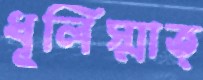
ধূলিস্মাত্